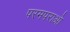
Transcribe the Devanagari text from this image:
परमपराओ